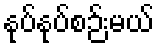
နုပ်နုပ်စဉ်းမယ်